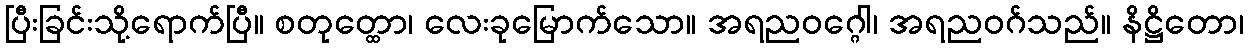
ပြီးခြင်းသို့ရောက်ပြီ။ စတုတ္ထော၊ လေးခုမြောက်သော။ အရညဝဂ္ဂေါ၊ အရညဝဂ်သည်။ နိဋ္ဌိတော၊